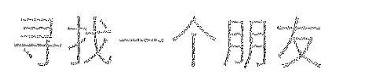
寻找一个朋友 .